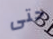
حتى